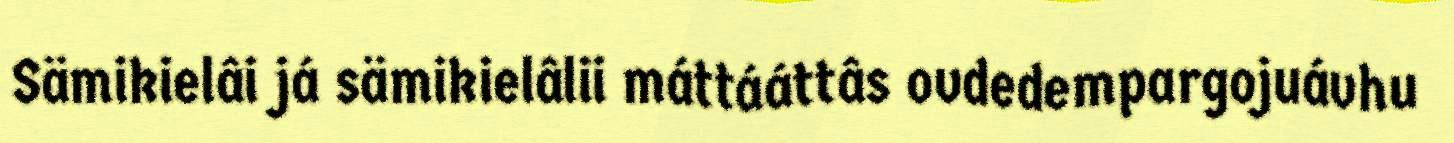
Sämikielâi já sämikielâlii máttááttâs ovdedempargojuávhu